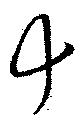
十